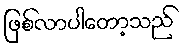
ဖြစ်လာပါတော့သည်